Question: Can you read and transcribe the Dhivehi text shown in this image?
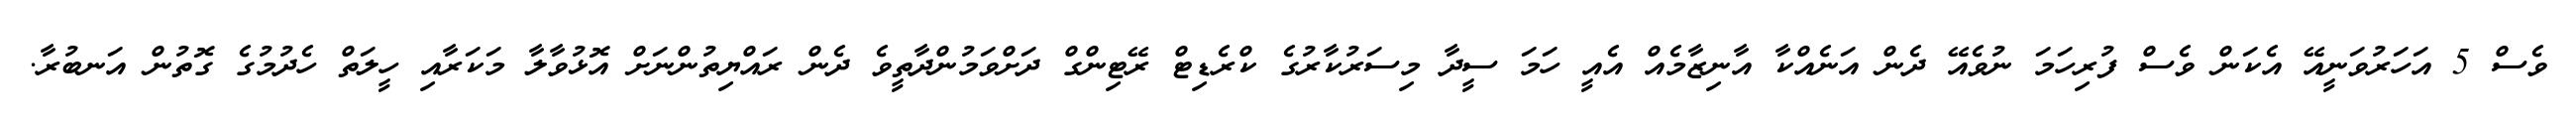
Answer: ވެސް 5 އަހަރުވަނީއޭ އެކަން ވެސް ފުރިހަމަ ނުވެއޭ ދެން އަނެއްކާ އާނިޒާމެއް އެއީ ހަމަ ސީދާ މިސަރުކާރުގެ ކްރެޑިޓް ރޭޓިންގް ދަށްވަމުންދާތީވެ ދެން ރައްޔިތުންނަށް އޮޅުވާލާ މަކަރާއި ހީލަތް ހެދުމުގެ ގޮތުން އަނބުރާ.